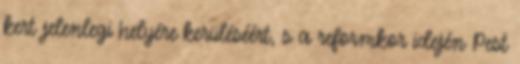
kert jelenlegi helyére kerüléséért, s a reformkor idején Pest